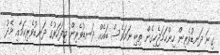
ގިނަ ދަނޑުވެރިން ހިންހަމަޖެހިގެން ތިބި ނަމަވެސް ބައެއް ދަނޑުވެރިން މިފަހަރުގެ ދަނޑުވެރިކަމާއި މެދު